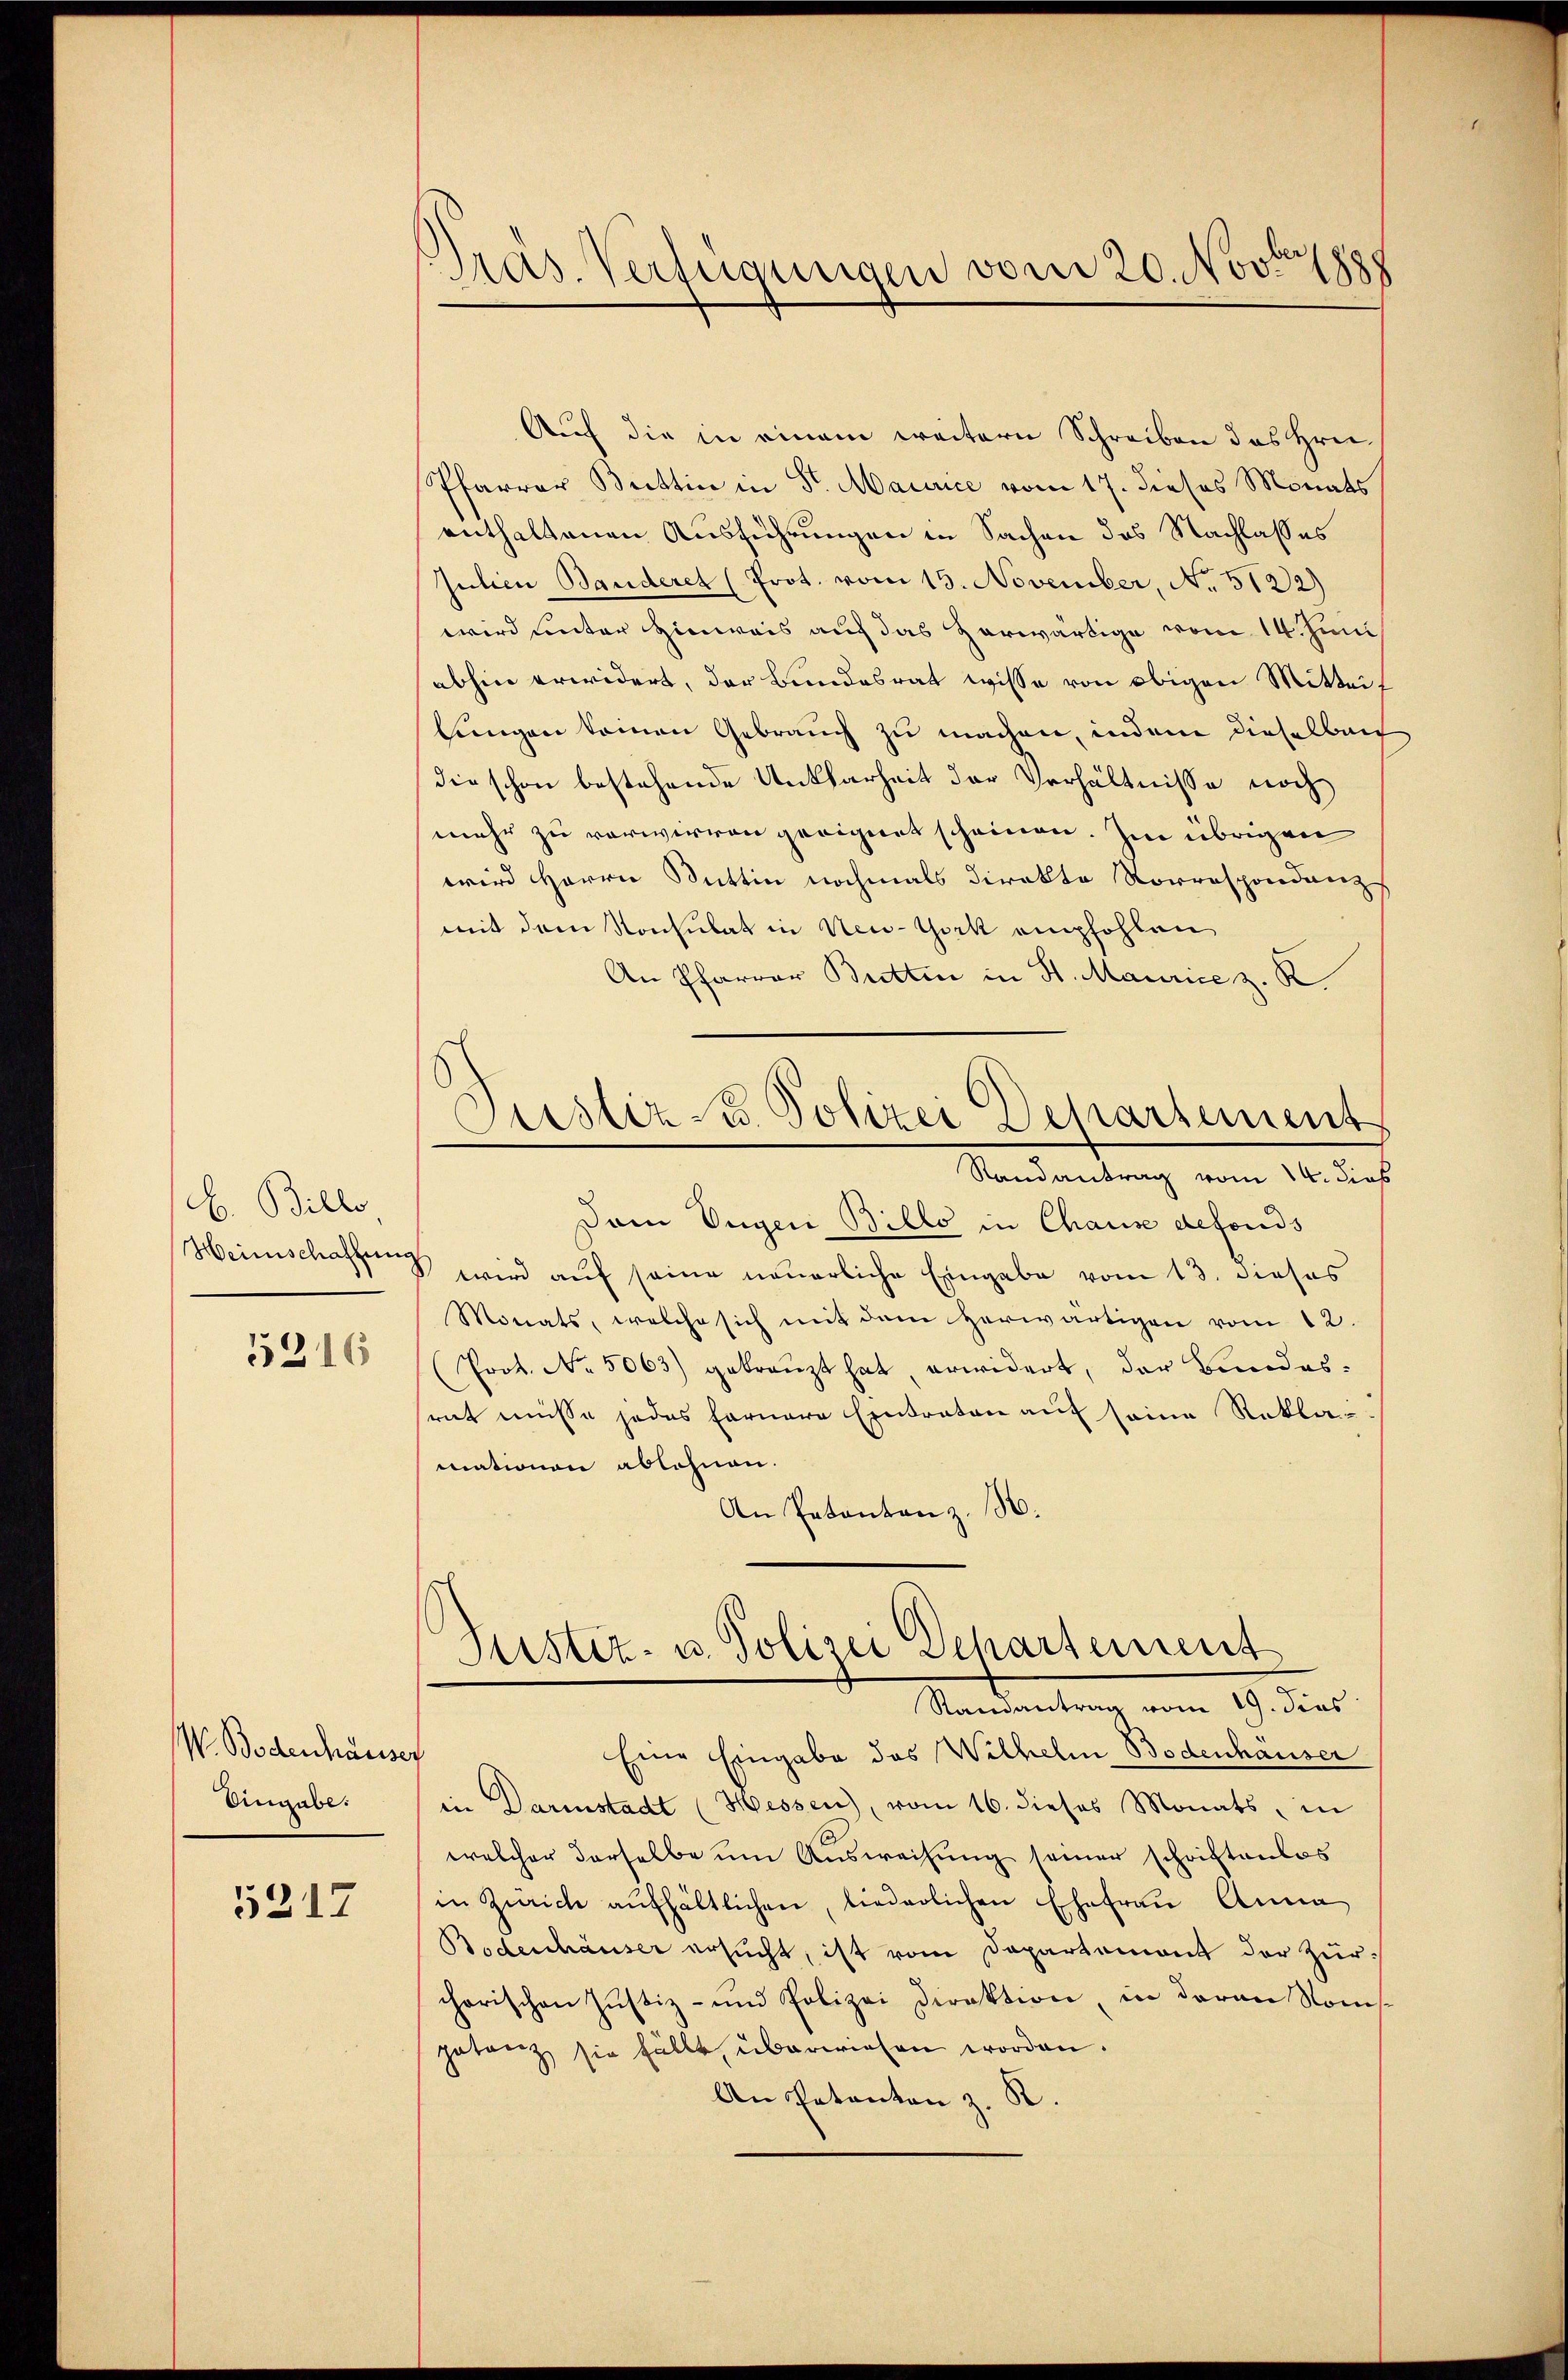
b. Billo
Heimschaffung

5216

W. Bodenhäuser
Eingabe.

5217

Gras Verfügungen vom 20. Novitz

Auf die in einem weitern Schreiben des Hrn.
Pfarrer Brettin in St. Maurice vom 17. dieses Monats
enthaltenen Ausführungen in Sachen des Nachlasses
Julien Banderet (Prot. vom 15. November, No 5122)
wird unter Hinweis auf das herwärtige vom 14. Juni
abhin erwidert, der Bundesrat wisse von obigen Mittei
lungen keinen Gebrauch zu machen, indem dieselben
die schon bestehende Unklarheit der Verhältnisse noch
mehr zu verwirren geeignet scheinen. Im übrigen
wird Herrn Sattin nochmals direkte Vorrespondanz
mit dem Konsulat in New-York empfohlen
An Pfarrer Butten in St. Maurice z. K.
Randantrag vom 12. dies
Dem Ungen Billo in Chause defonds
8 wird aŭf seine neuerliche Eingabe vom 13. dieses
Monats, welche sich mit dem herwärtigen vom 12
(Prot. No. 5063) gekränzt hat, erwidert, der Bundes-
srat müsse jedes fernere Eintraten auf seine Reklamationen ablehnen.
An Petentan z. B.
Zustiz- u. Polizei Departement
Ramantrag vom 19. dies
Eine Eingabe des Wilhelm Bodenhäuser
in Darinstadt (Hessen, vom 16. dieses Monats, in
welcher derselbe um Ausweisung seiner schriftenlos
in Zürich aŭfhältlichen, liederlichen Ehefrau Anna
Bodenhäuser ersucht, ist vom Departement der Zur-
chorischen Justiz- und Polizei Direktion, in daran Romispetanz sie fällt, überwiesen worden.
An Patanton z. R.

Oster u. Polizei Departement